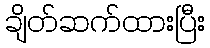
ချိတ်ဆက်ထားပြီး